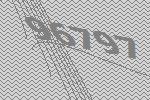
96797